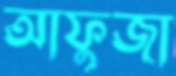
আফুজা